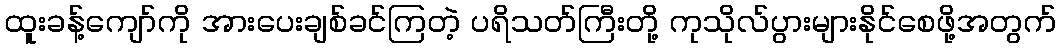
ထူးခန့်ကျော်ကို အားပေးချစ်ခင်ကြတဲ့ ပရိသတ်ကြီးတို့ ကုသိုလ်ပွားများနိုင်စေဖို့အတွက်